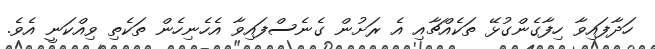
ހަދާފައިވާ ހިފާގެންގުޅޭ ތަކެއްޗާއި އެ ރަށުން ގެނެސްފައިވާ އެހެނިހެން ތަކެތި ވިއްކަނީ އެވެ.